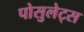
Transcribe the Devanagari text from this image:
पोसुलेट्स